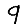
Digit: 9